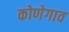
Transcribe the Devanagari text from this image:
कोणेगाव